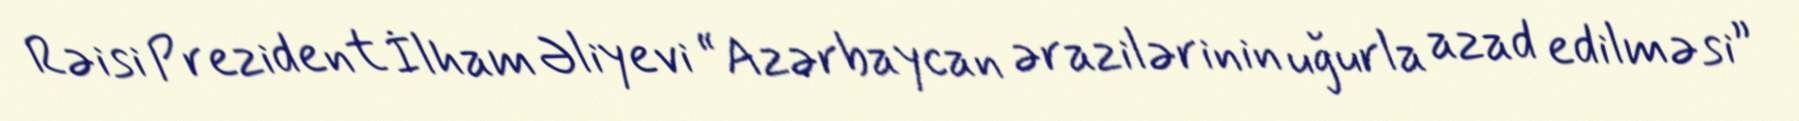
Rəisi Prezident İlham Əliyevi “Azərbaycan ərazilərinin uğurla azad edilməsi”